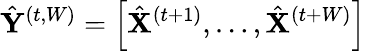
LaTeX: \hat{\mathbf{Y}}^{(t,W)}=\left[\hat{\mathbf{X}}^{(t+1)},\ldots,\hat{\mathbf{X}}^{(t+W)}\right]